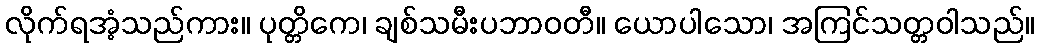
လိုက်ရအံ့သည်ကား။ ပုတ္တိကေ၊ ချစ်သမီးပဘာဝတီ။ ယောပါသော၊ အကြင်သတ္တဝါသည်။